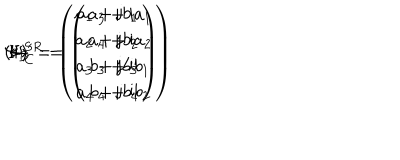
LaTeX: ( I ) ^ { \prime } \hspace { 7 m m } \Psi _ { \bf D } = \left( \begin{array} { c } { { a _ { 1 } + \mathrm { j } b _ { 1 } } } \\ { { a _ { 2 } + \mathrm { j } b _ { 2 } } } \\ { { a _ { 3 } + \mathrm { j } b _ { 3 } } } \\ { { a _ { 4 } + \mathrm { j } b _ { 4 } } } \\ \end{array} \right) \hspace { 5 m m } \leftrightarrow \hspace { 5 m m } \Psi _ { \bf C } ^ { S R } = \left( \begin{array} { c } { { a _ { 3 } + \mathrm { i } a _ { 1 } } } \\ { { a _ { 4 } + \mathrm { i } a _ { 2 } } } \\ { { b _ { 3 } + \mathrm { i } b _ { 1 } } } \\ { { b _ { 4 } + \mathrm { i } b _ { 2 } } } \\ \end{array} \right)